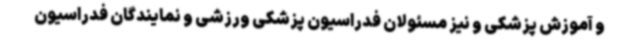
و آموزش پزشکی و نیز مسئولان فدراسیون پزشکی ورزشی و نمایندگان فدراسیون